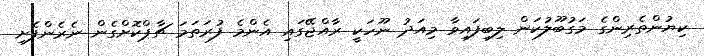
ކިޔުންތެރިންގެ މަގުބޫލުކަން ލިބިފައިވާ މިއަދު ނޫހަކީ ރާއްޖޭގައި އެންމެ ފުރަތަމަ ޗާޕްކޮށްގެން ނެރެންފެށި